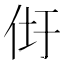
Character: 𰁴